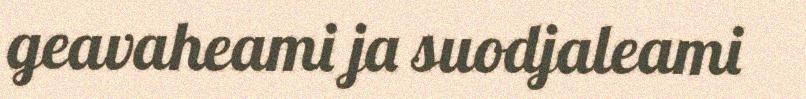
geavaheami ja suodjaleami